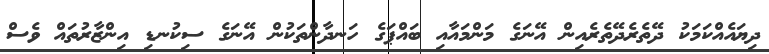
ދިޔައެއްކަމަކު ދޭތެރެދޭތެރެއިން އޭނަގެ މަންމައާއި ބައްޕަގެ ހަނދާންތަކުން އޭނަގެ ސިކުނޑި އިންޒާރުތައް ވެސް